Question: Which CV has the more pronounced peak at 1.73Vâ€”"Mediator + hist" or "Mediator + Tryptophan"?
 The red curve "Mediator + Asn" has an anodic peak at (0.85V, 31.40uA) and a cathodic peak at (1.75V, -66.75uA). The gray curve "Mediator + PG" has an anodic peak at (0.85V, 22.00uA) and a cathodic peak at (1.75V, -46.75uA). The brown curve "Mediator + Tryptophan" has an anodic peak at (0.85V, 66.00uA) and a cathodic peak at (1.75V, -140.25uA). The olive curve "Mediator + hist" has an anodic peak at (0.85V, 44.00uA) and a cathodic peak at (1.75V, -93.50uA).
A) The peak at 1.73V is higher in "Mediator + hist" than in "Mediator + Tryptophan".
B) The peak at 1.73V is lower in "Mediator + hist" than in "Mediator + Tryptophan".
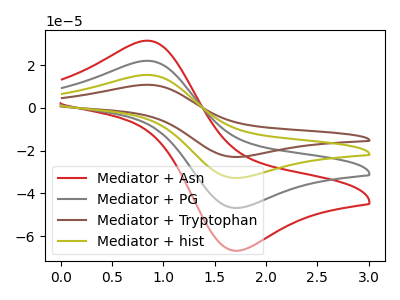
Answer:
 <answer>B) The peak at 1.73V is lower in "Mediator + hist" than in "Mediator + Tryptophan".</answer>
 <eval>B</eval>